65_HS1-834228961_62-HQ-83894_Section_3
Agency: FBI
Page 181
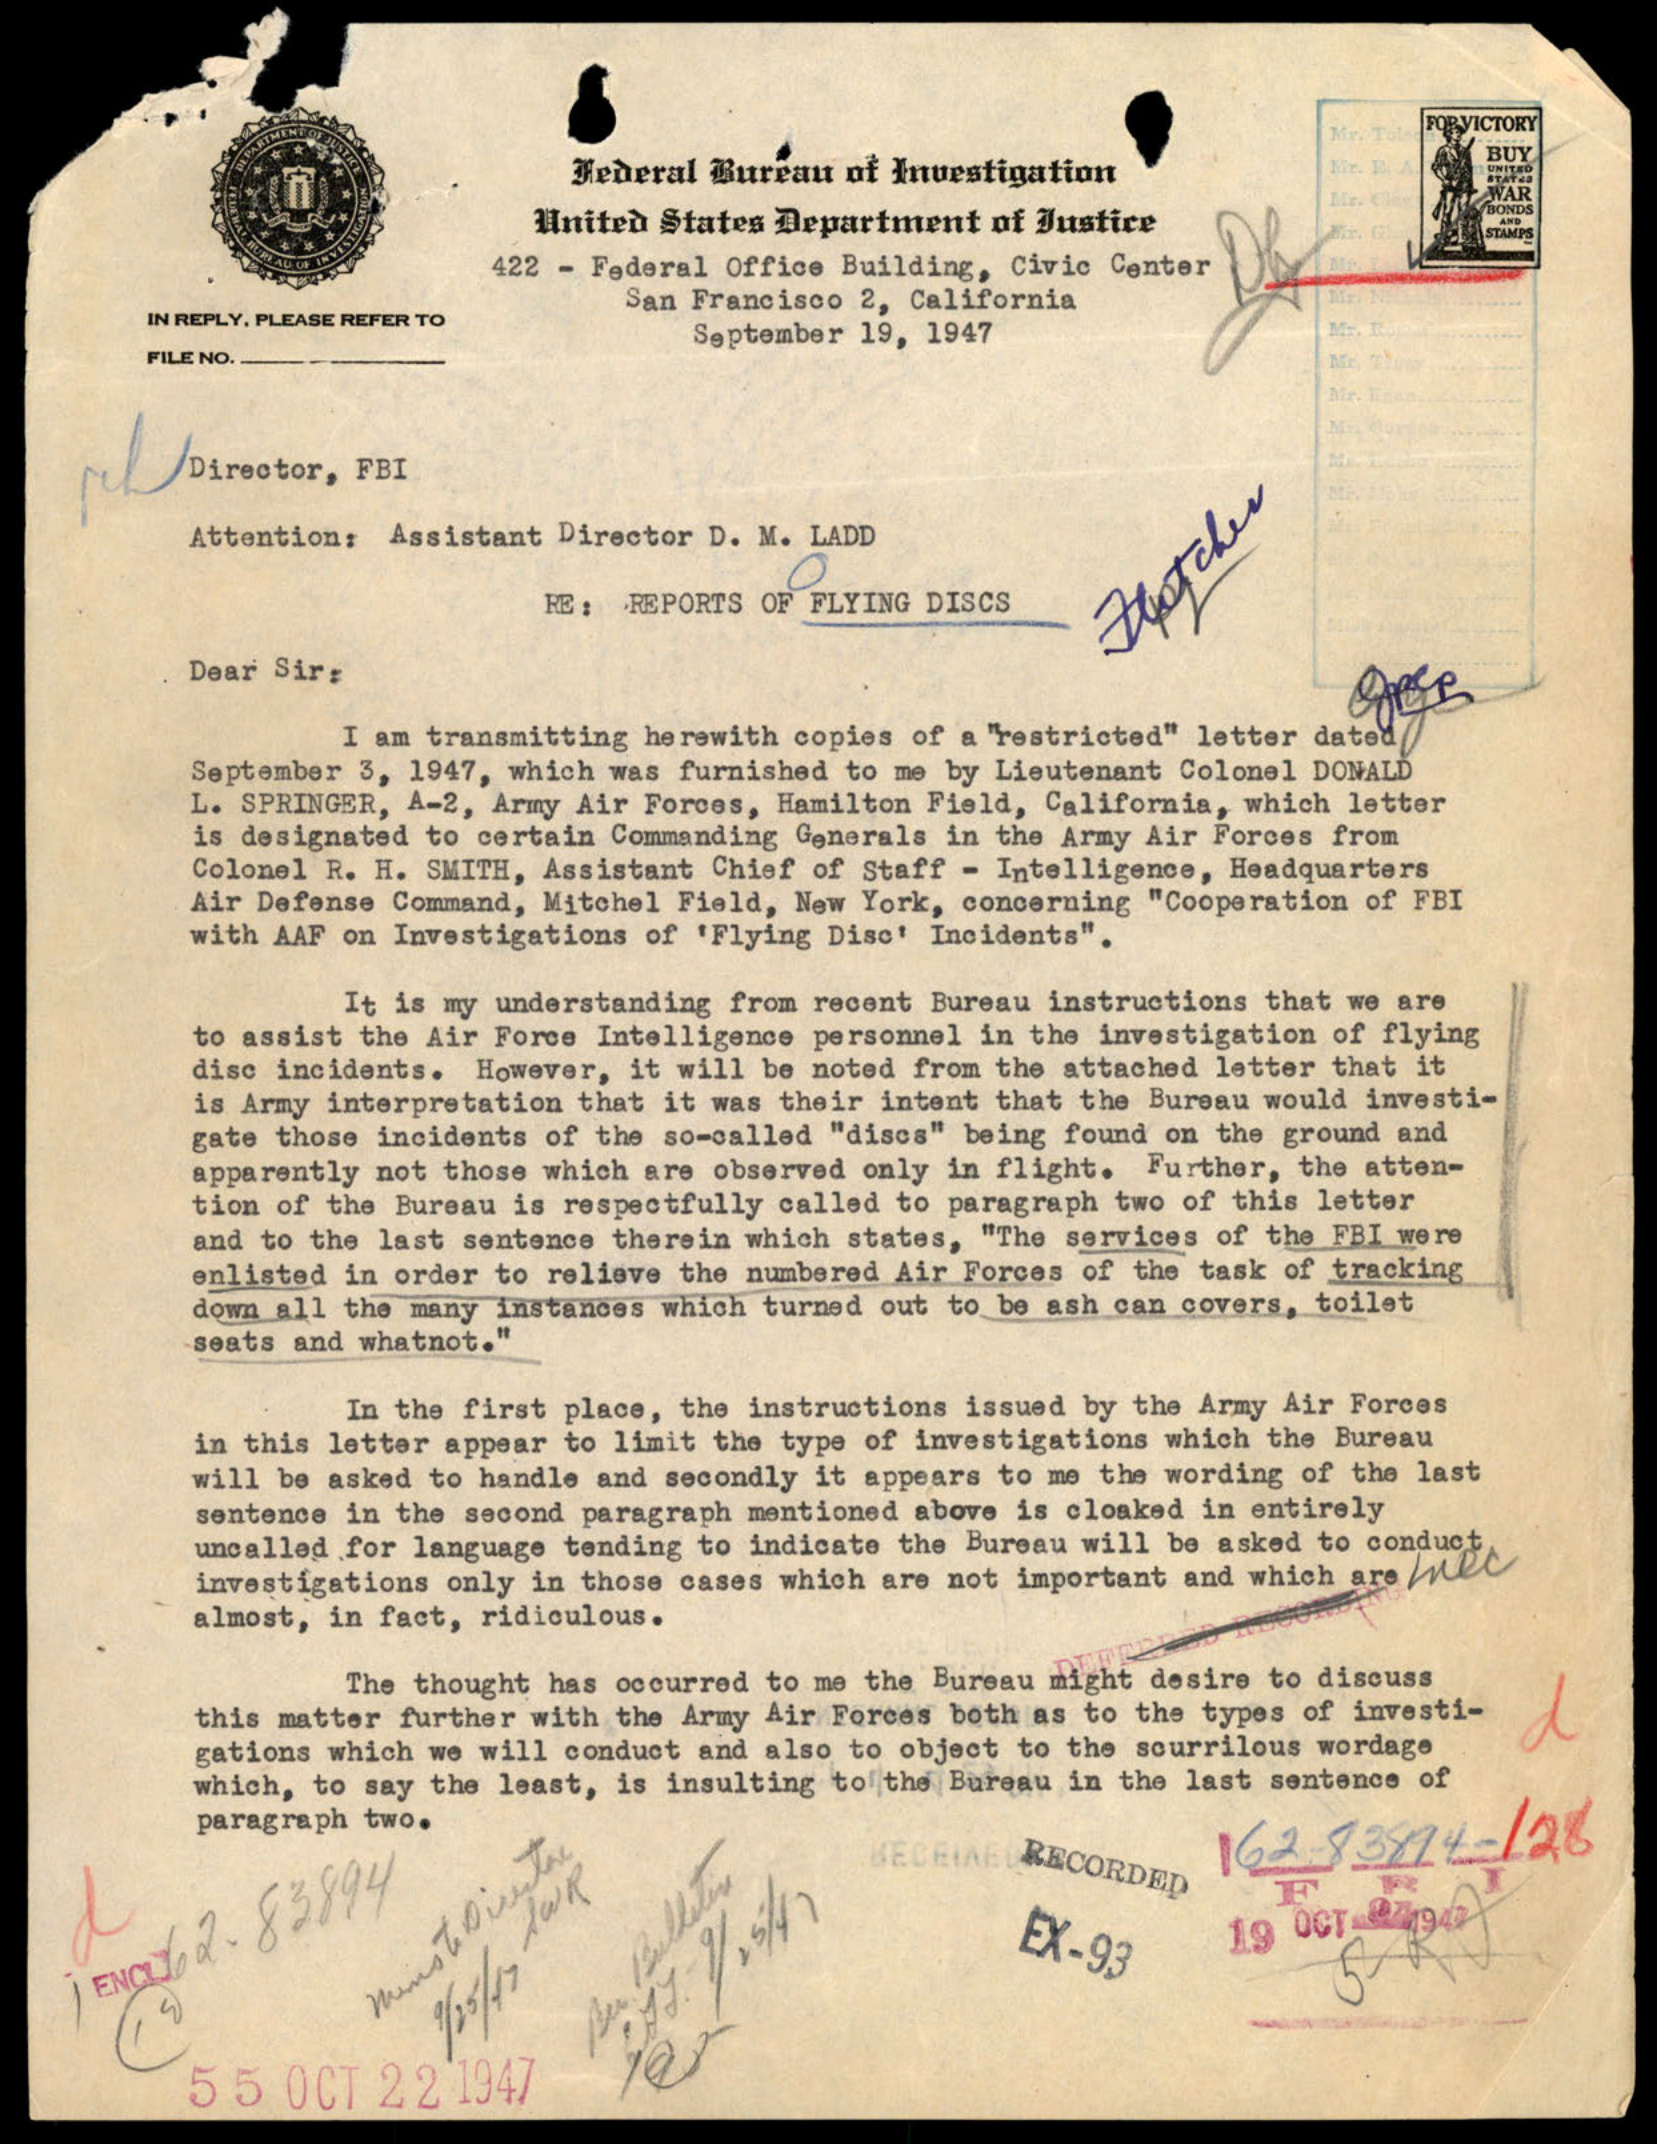